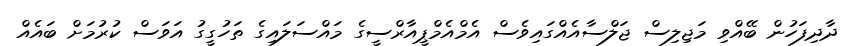
ދާދިފަހުން ބޭއްވި މަޖިލިސް ޖަލްސާއެއްގައިވެސް އެމްއެމްޕީއާރްސީގެ މައްސަލައިގެ ތަހުގީގު އަވަސް ކުރުމަށް ބައެއް